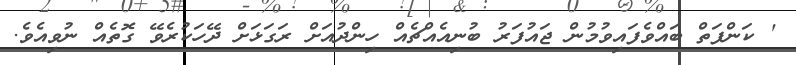
' ކަންފަތް ބައްވެފައިވުމުން ޖައުފަރު ބުނިއެއްޗެއް ހިންދުއަށް ރަގަޅަށް ދޭހަކުރެވޭ ގޮތެއް ނުވިއެވެ.